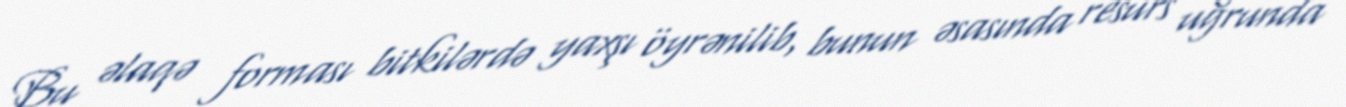
Bu əlaqə forması bitkilərdə yaxşı öyrənilib, bunun əsasında resurs uğrunda